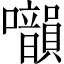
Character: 𡅙